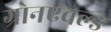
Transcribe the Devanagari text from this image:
ग्रोनएवल्ड